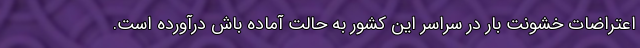
اعتراضات خشونت بار در سراسر این کشور به حالت آماده باش درآورده است.